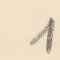
1